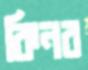
কিনব